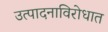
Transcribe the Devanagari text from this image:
उत्पादनाविरोधात